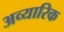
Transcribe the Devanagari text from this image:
अव्यारिक